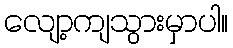
လျော့ကျသွားမှာပါ။